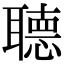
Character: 聴